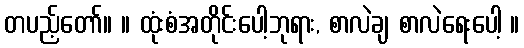
တပည့်တော်။ ။ ထုံးစံအတိုင်းပေါ့ဘုရား, စာလဲချ စာလဲရေးပေါ့ ။